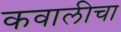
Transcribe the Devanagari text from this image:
कवालीचा